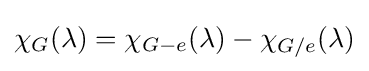
\chi _{G}(\lambda )=\chi _{G-e}(\lambda )-\chi _{G/e}(\lambda )